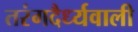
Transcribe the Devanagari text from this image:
तरंगदैर्ध्यवाली